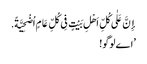
إِنَّ عَلٰی کُلِّ اَهْلِ بَیْتٍ فِی کُلِّ عَامٍ اُضْحِیَّةً.
’اے لوگو!